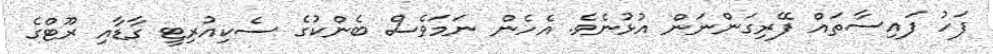
ފަހު ފައިސާތައް ފޭރިގަންނަން އުޅުނެވެ. އެހެން ނަމަވެސް ބެންކުގެ ސެކިއުރިޓީ ގާޑާއި ރޫޓްގެ